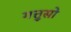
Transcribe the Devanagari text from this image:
गत्तुसो